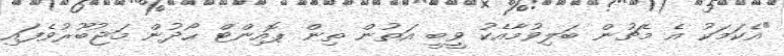
"އެކަމަކު އެ މެޗުން ބަލިވުމާއެކު ވީބީ އަތުން ތިން ޕޮއިންޓް ހޯދުން މަޖުބޫރުވެފައި